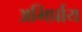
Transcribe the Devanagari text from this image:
अभिर्प्राय